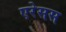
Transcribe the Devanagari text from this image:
एरेसस